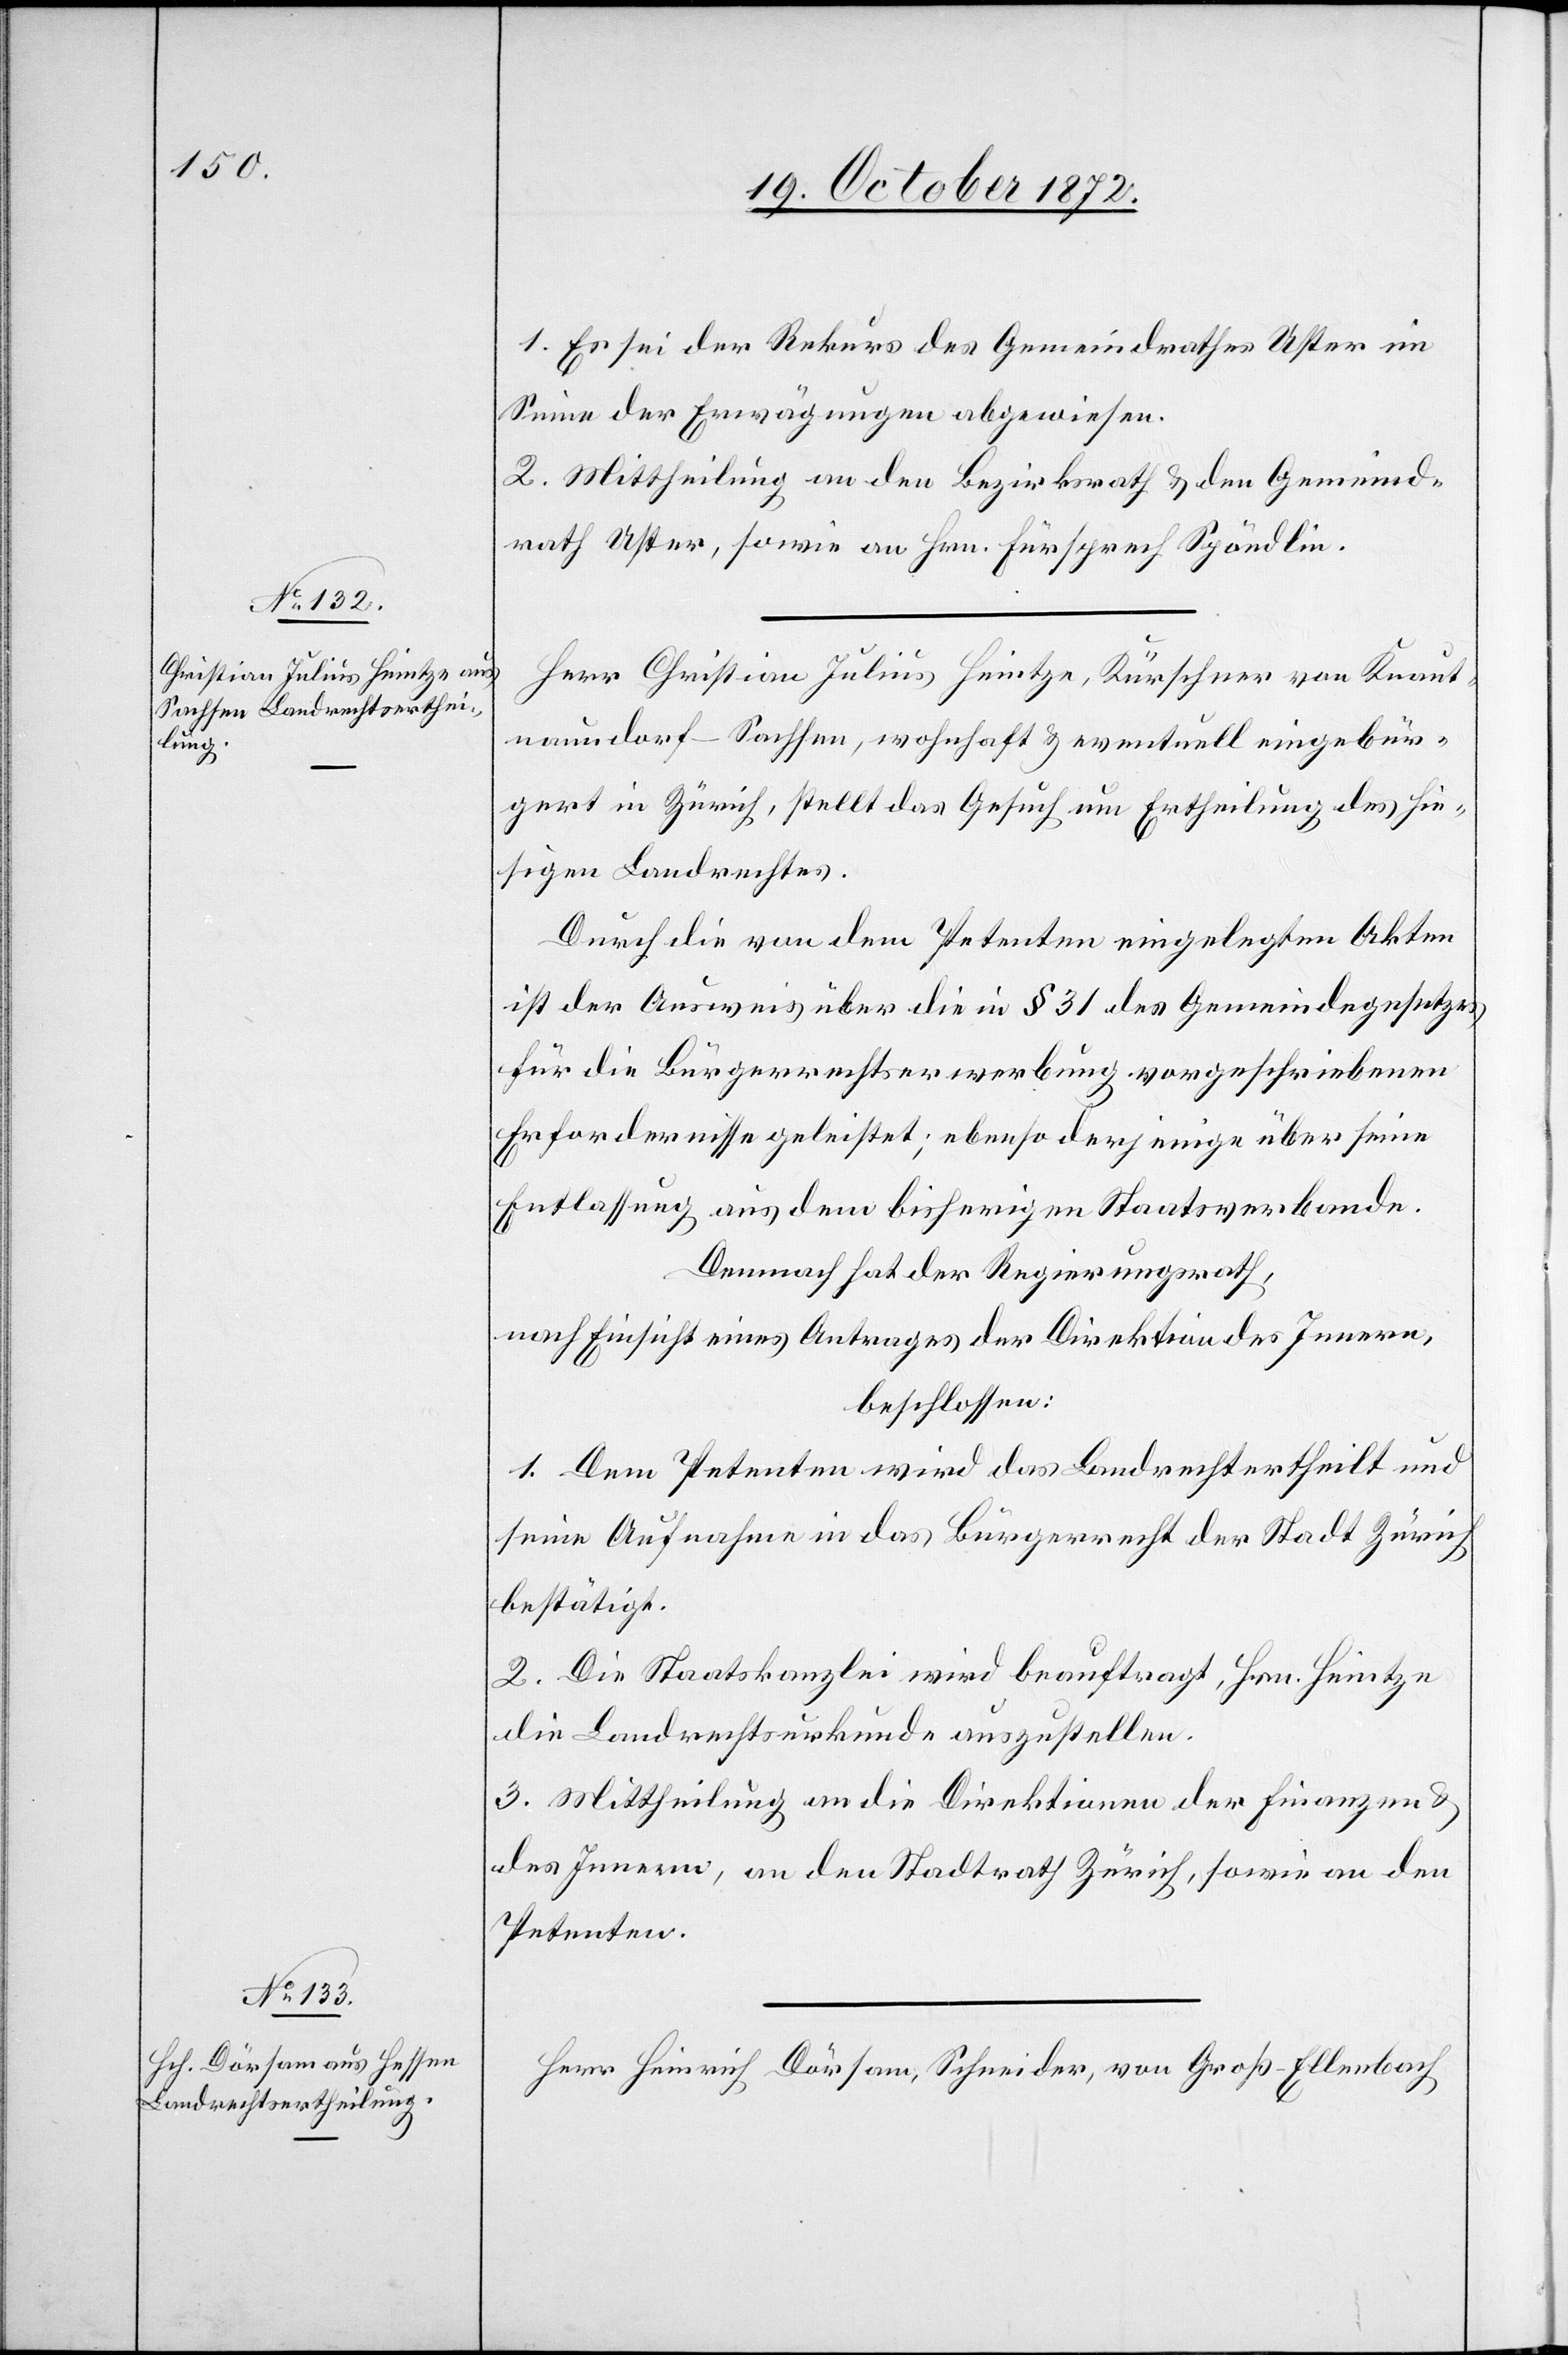
1. Es sei der Rekurs des Gemeindrathes Uster im
Sinne der Erwägungen abgewiesen.
2. Mittheilung an den Bezirksrath u. den Gemeind¬
rath Uster, sowie an Hrn. Fürsprech Spöndlin.
Herr Christian Julius Heintze, Kürschner von Knaut¬
naundorf-Sachsen, wohnhaft u. eventuell eingebür¬
gert in Zürich, stellt das Gesuch um Ertheilung des hie¬
sigen Landrechtes.
Durch die von dem Petenten eingelegten Akten
ist der Ausweis über die in § 31 des Gemeindegesetzes
für die Bürgerrechtserwerbung vorgeschriebenen
Erfordernisse geleistet; ebenso derjenige über seine
Entlassung aus dem bisherigen Staatsverbande.
Demnach hat der Regierungsrath,
nach Einsicht eines Antrages der Direktion des Innern,
beschlossen:
1. Dem Petenten wird das Landrecht ertheilt und
seine Aufnahme in das Bürgerrecht der Stadt Zürich
bestätigt.
2. Die Staatskanzlei wird beauftragt, Hrn. Heintze
die Landrechtsurkunde auszustellen.
3. Mittheilung an die Direktionen der Finanzen u.
des Innern, an den Stadtrath Zürich, sowie an den
Petenten.
Herr Heinrich Dörsam, Schneider, von Groß-Ellenbach